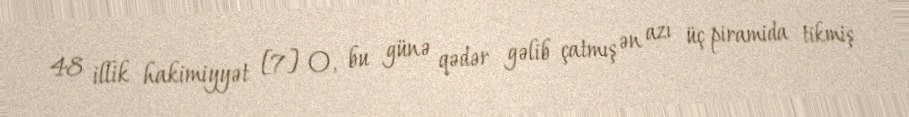
48 illik hakimiyyət [7] O, bu günə qədər gəlib çatmış ən azı üç piramida tikmiş